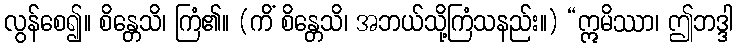
လွန်စေ၍။ စိန္တေသိ၊ ကြံ၏။ (ကိံ စိန္တေသိ၊ အဘယ်သို့ကြံသနည်း။) “ဣမိဿာ၊ ဤဘဒ္ဒါ